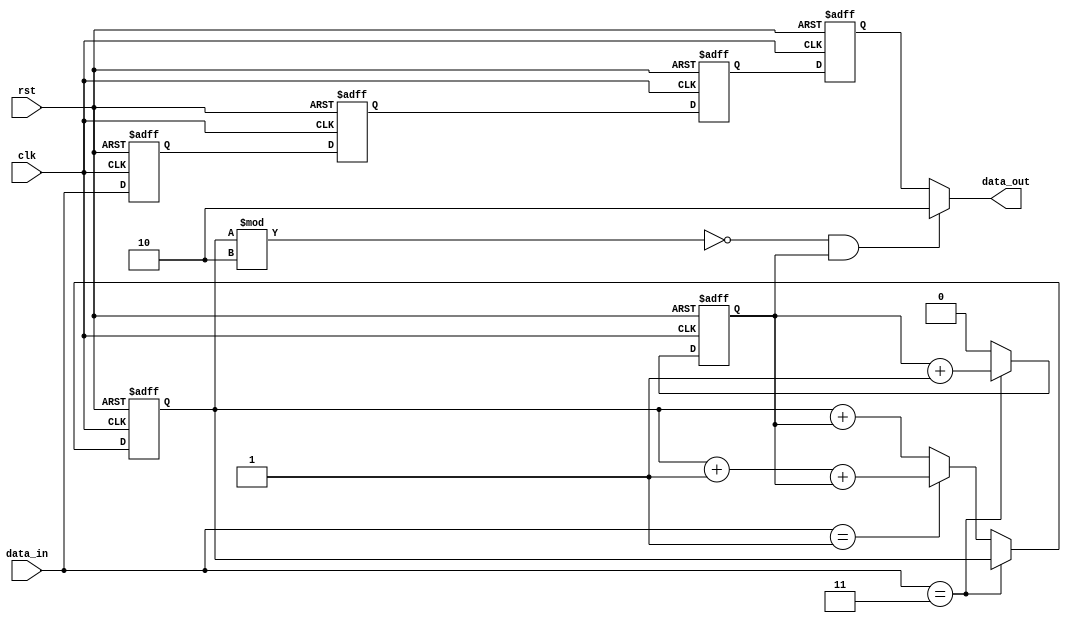
module add_b(rst,data_in,data_out,clk);

input clk,rst;
input [1:0]data_in;
output [1:0]data_out;        //0001101101BV
reg counter1;                    //01
reg counterv;                    //11
reg [1:0]buffer[3:0];        //

always@(posedge clk or negedge rst) begin
//B
    if(!rst) begin
        buffer[3]<=0;
        buffer[2]<=0;
        buffer[1]<=0;
        buffer[0]<=0;
    end
    else begin
        buffer[3]<=buffer[2];
        buffer[2]<=buffer[1];
        buffer[1]<=buffer[0];
        buffer[0]<=data_in;
    end
end

always@(posedge clk or negedge rst) begin
//
    if(!rst) begin
        counter1 = 0;
        counterv = 0;
    end
else if(data_in == 2'b11) //11counterv1
        counterv <= counterv + 1'b1;
    else if(data_in == 2'b01) begin //01counter11
        counter1 <= counter1 + 1'b1 + counterv;
        counterv <= 1'b0;
    end
    else begin
        counter1 <= counter1 + counterv;
        counterv <= 1'b0;
    end
end

//11,110
//11,
assign data_out = (counter1%2 == 0) && (counterv == 1)? 2'b10 : buffer[3];

endmodule